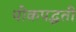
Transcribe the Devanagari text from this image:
पीकपद्धती